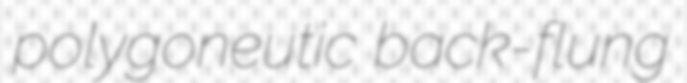
polygoneutic back-flung